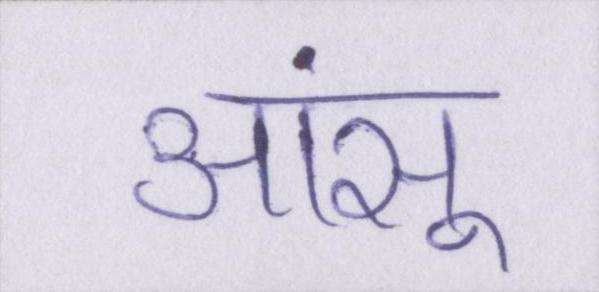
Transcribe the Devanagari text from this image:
आंसू